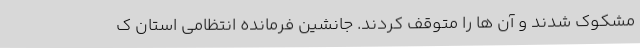
مشکوک شدند و آن ها را متوقف کردند. جانشین فرمانده انتظامی استان ک